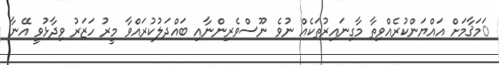
ަމަޤާމަށް އައްޔަންކުރެއްވިތާ މާގިނައިރުތަކެއް ނުވެ ނޫސްވެރިންނާއި ބައްދަލުކުރައްވާ މީރު ހަޒަރު ވިދާޅުވީ އޭނާ